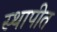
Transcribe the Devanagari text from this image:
स्‍थापीत